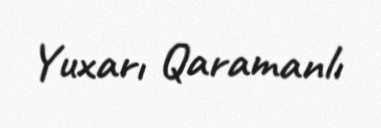
Yuxarı Qaramanlı